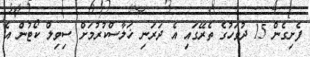
ފެށިގެން 15 ދުވަހުގެ ތެރޭގައި އެ ދަރަނި ޚަލާސްކުރުމަށް ސިވިލް ކޯޓުން އެ